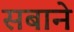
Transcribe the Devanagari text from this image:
सबाने